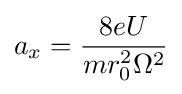
a_{x}={\frac {8eU}{mr_{0}^{2}\Omega ^{2}}}